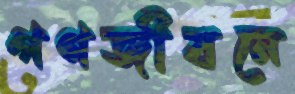
গণজীবনে